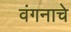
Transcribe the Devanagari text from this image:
वंगनाचे